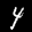
Label: 4